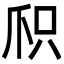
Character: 𬋦